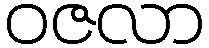
ဝဇလာ